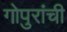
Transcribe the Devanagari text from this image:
गोपुरांची